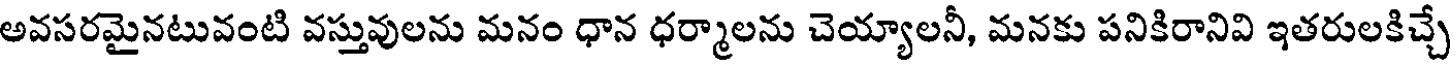
అవసరమైనటువంటి వస్తువులను మనం ధాన ధర్మాలను చెయ్యాలనీ, మనకు పనికిరానివి ఇతరులకిచ్చే